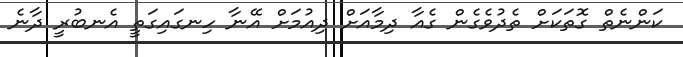
ކަންނެތް ގޮތަކަށް ތެދުވެގެން ގެއާ ދިމާއަށް ދިއުމަށް އޭނާ ހިނގައިގަތީ އެނބުރީ ދާނެ